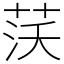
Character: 𦰚